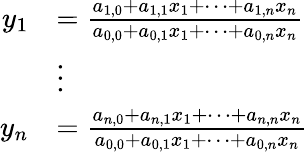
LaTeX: {\begin{array}{rl}{y_{1}}&{={\frac{a_{1,0}+a_{1,1}x_{1}+\dots+a_{1,n}x_{n}}{a_{0,0}+a_{0,1}x_{1}+\dots+a_{0,n}x_{n}}}}\\ &{\vdots}\\ {y_{n}}&{={\frac{a_{n,0}+a_{n,1}x_{1}+\dots+a_{n,n}x_{n}}{a_{0,0}+a_{0,1}x_{1}+\dots+a_{0,n}x_{n}}}}\end{array}}